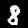
Label: 8